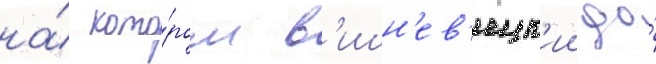
на́ кото́ром в'ишн'ев'ецк'ии до́